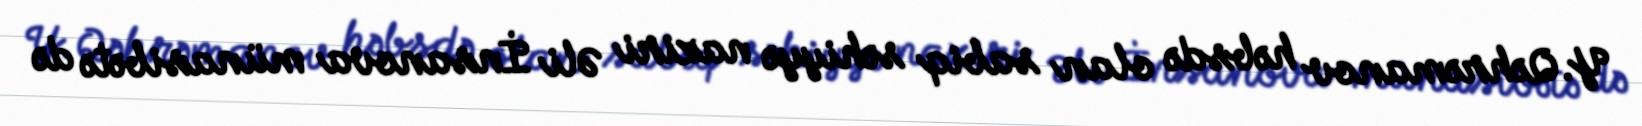
Y.Qəhrəmanov həbsdə olan sabiq səhiyyə naziri Əli İnsanova münasibətə də